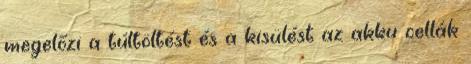
megelőzi a túltöltést és a kisülést az akku cellák